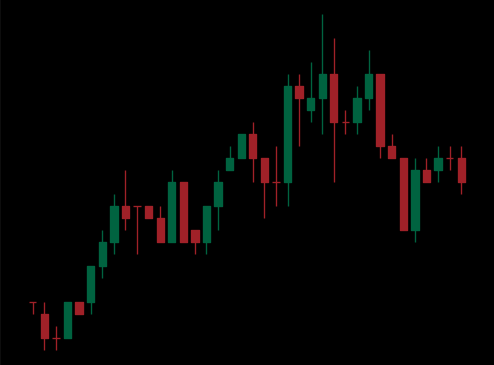
Pattern: bear_flag